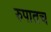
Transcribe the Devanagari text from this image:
रुपातच